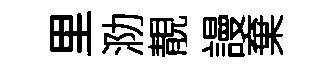
里泐靚謾棄